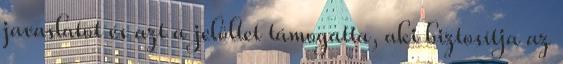
javaslatot és azt a jelöltet támogatta, aki biztosítja az